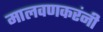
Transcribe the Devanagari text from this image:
मालवणकरंनी